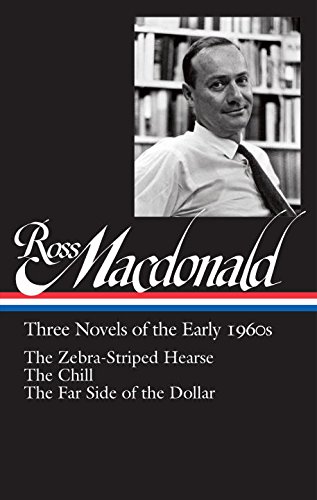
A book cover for Ross Macdonald: Three Novels of the Early 1960s: The Zebra-Striped Hearse / The Chill / The Far Side of the Dollar: Library of America #279 (The Library of America); Ross Macdonald; Mystery, Thriller & Suspense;